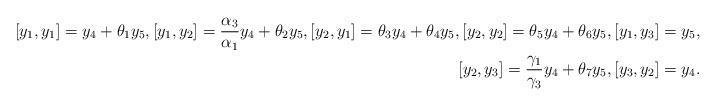
LaTeX: \begin{align*}[y_1, y_1]=y_4+\theta_1y_5, [y_1, y_2]=\frac{\alpha_3}{\alpha_1}y_4+\theta_2y_5, [y_2, y_1]=\theta_3y_4+\theta_4y_5, [y_2, y_2]=\theta_5y_4+\theta_6y_5, [y_1, y_3]=y_5, \\ [y_2, y_3]=\frac{\gamma_1}{\gamma_3}y_4+\theta_7y_5, [y_3, y_2]=y_4.\end{align*}